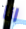
انا